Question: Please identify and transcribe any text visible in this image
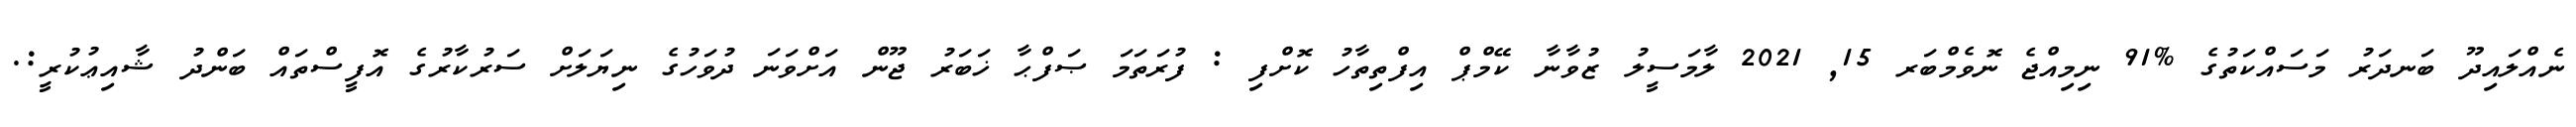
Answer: ނެއްލައިދޫ ބަނދަރު މަސައްކަތުގެ %91 ނިމިއްޖެ ނޮވެމްބަރ 15, 2021 ލާމަސީލު ޒުވާނާ ކޭމްޕް އިފްތިތާހު ކޮށްފި : ފުރަތަމަ ޞަފްޙާ ޚަބަރު ޖޫން އަށްވަނަ ދުވަހުގެ ނިޔަލަށް ސަރުކާރުގެ އޮފީސްތައް ބަންދު ޝާއިޢުކުރީ:.